Vaccination in Bombay 1869-1873 - 1869-1873
Year: 1869
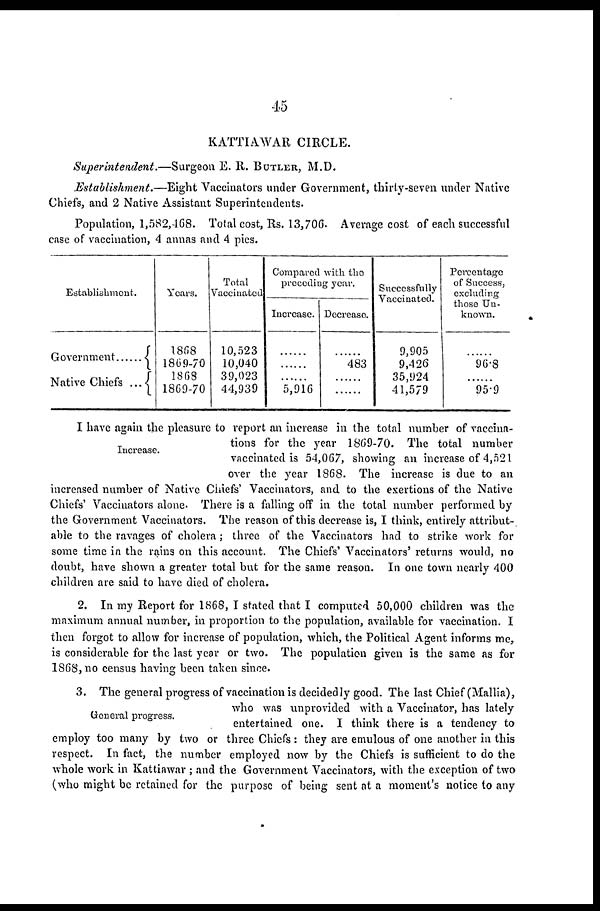
45
KATTIAWAR CIRCLE.
Superintendent.—Surgeon
E. R. BUTLER, M.D.
Establishment.—Eight
Vaccinators under Government, thirty-seven under Native
Chiefs, and 2 Native Assistant Superintendents.
Population, 1,582,468. Total cost, Rs. 13,706. Average cost of each successful
case of vaccination, 4 annas and 4 pies.
Establishment.
Government ......
Native Chiefs ...
Years.
1868
1869-70
1868
1869-70
Total
Vaccinated
10,523
10,040
39,023
44,939
Compared with the
preceding year.
Increase.
......
......
......
5,916
Decrease.
......
483
......
......
Successfully
Vaccinated.
9,905
9,426
35,924
41,579
Percentage
of Success,
excluding
those Un-
known.
......
96.8
......
95.9
Increase.
I have again the pleasure to report an increase in the total number of vaccina-
tions for the year 1869-70. The total number
vaccinated is 54,067, showing an increase of 4,521
over the year 1868. The increase is due to an
increased number of Native Chiefs' Vaccinators, and to the exertions of the Native
Chiefs' Vaccinators alone. There is a falling off in the total number performed by
the Government Vaccinators. The reason of this decrease is, I think, entirely attribut-
able to the ravages of cholera; three of the Vaccinators had to strike work for
some time in the rains on this account. The Chiefs' Vaccinators' returns would, no
doubt, have shown a greater total but for the same reason. In one town nearly 400
children are said to have died of cholera.
2. In my Report for 1868, I stated that I computed 50,000 children was the
maximum annual number, in proportion to the population, available for vaccination. I
then forgot to allow for increase of population, which, the Political Agent informs me,
is considerable for the last year or two. The population given is the same as for
1868, no census having been taken since.
General progress.
3. The general progress of vaccination is decidedly good. The last Chief (Mallia),
who was unprovided with a Vaccinator, has lately
entertained one. I think there is a tendency to
employ too many by two or three Chiefs : they are emulous of one another in this
respect. In fact, the number employed now by the Chiefs is sufficient to do the
whole work in Kattiawar ; and the Government Vaccinators, with the exception of two
(who might be retained for the purpose of being sent at a moment's notice to any